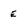
Character: e